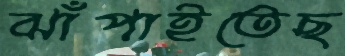
ঝাঁপাইতেছ